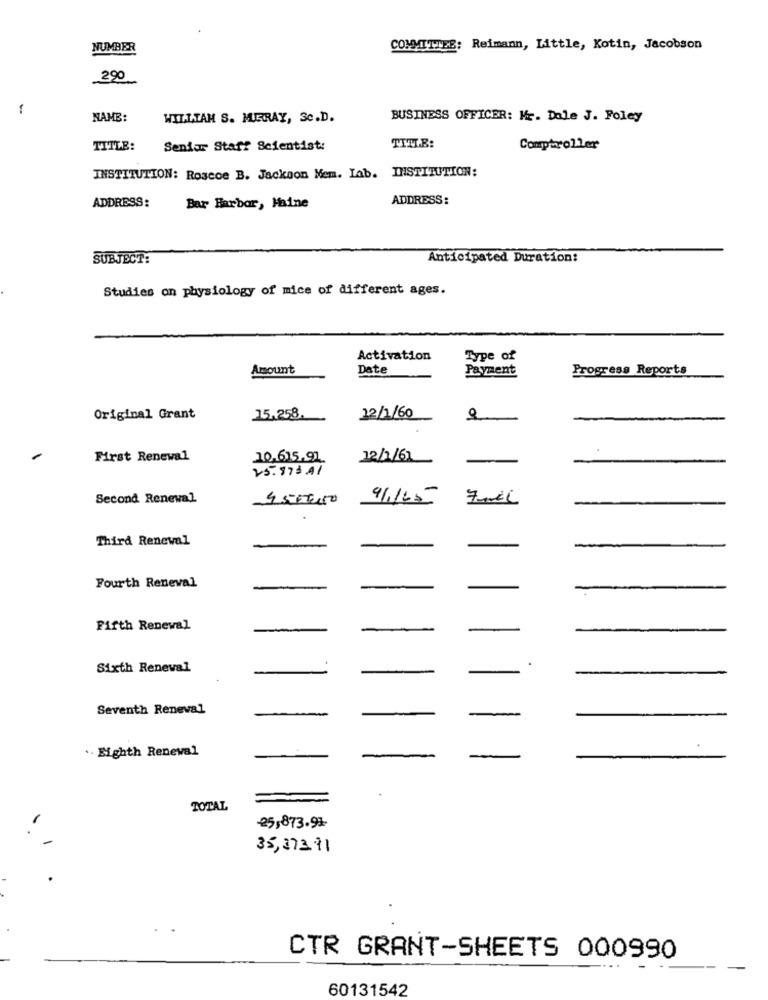
NUMBER
COMMITTEE:
Reimann, Little, Kotin, Jacobson
290
NAME:
WILLIAM S. MIRAY, Sc.D.
BUSINESS OFFICER: Mr. Dale J. Foley
TITLE:
Senior Staff Scientist:
TITLE:
Comptroller
INSTITUTION: Roscoe B. Jackson Mem. Lab. INSTITUTION:
ADDRESS:
ADDRESS:
Bar Harbor, Haine
SUBJECT:
Anticipated Duration:
Studies on physiology of mice of different ages.
Activation
Type of
Amount
Date
Payment
Progress Reports
Original Grant
15,258.
22/1/60
First Renewal
10,615.91
12/1/6]
25.873.41
Second Renewal
450TO
9/165
FEL
Third Renewal
Fourth Renewal
Fifth Renewal
Sixth Reneval
.
-
Seventh Renewal
-
-
.. Eighth Renewal
TOTAL
25,873.91.
35,373.11
CTR GRANT-SHEETS 000990
60131542